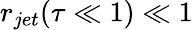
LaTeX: r_{jet}(\tau\ll 1)\ll 1